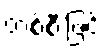
တစ်စီးဖြင့်